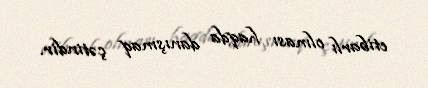
etibarlı olması haqda danışmaq çətindir.